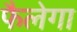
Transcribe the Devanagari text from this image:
फैलेगा